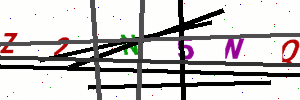
Text: Z2N5NQ